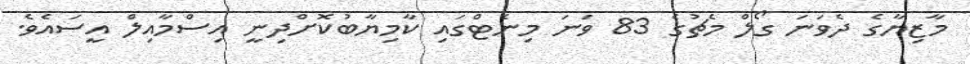
މާޒިޔާގެ ދެވަނަ ގޯލް މެޗުގެ 83 ވަނަ މިނެޓްގައި ކާމިޔާބުކޮށްދިނީ އިސްމާއިލް އީސައެވެ.